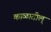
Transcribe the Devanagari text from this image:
काळातील्